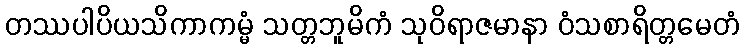
တဿပါပိယသိကာကမ္မံ သတ္တဘူမိကံ သုဝိရာဇမာနာ ဝံသစာရိတ္တမေတံ